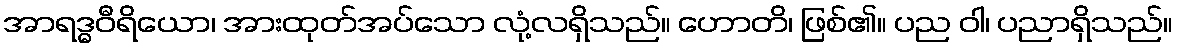
အာရဒ္ဓဝီရိယော၊ အားထုတ်အပ်သော လုံ့လရှိသည်။ ဟောတိ၊ ဖြစ်၏။ ပည ဝါ၊ ပညာရှိသည်။